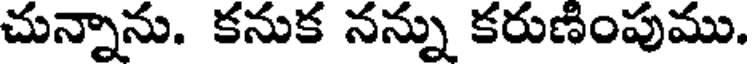
చున్నాను. కనుక నన్ను కరుణింపుము.